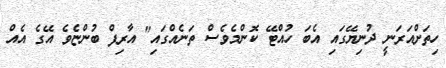
ހިތަށްއަރަނީ ދުނިޔޭގައި އެބަ ހުއްޓޭ ކޮންމެވެސް ތަނެއްގައި" އާރިފް ބުންޏެވެ އޭގެ އެއް